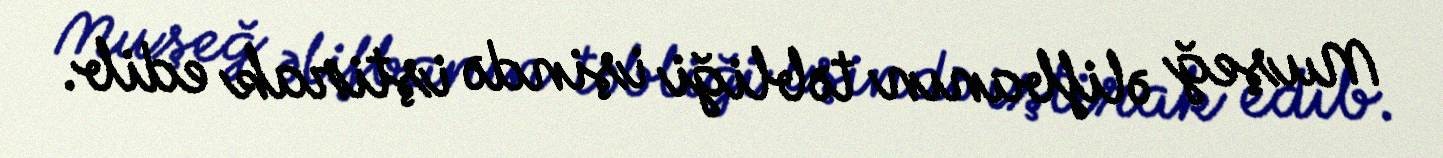
Muşeğ əlifbanın təbliği işində iştirak edib.